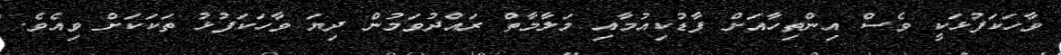
ވާހަކަފުޅަކީ ވެސް އިންތިހާއަށް ފާޑުކިއުމާއި މަލާމާތް ރައްދުވަމުން ދިޔަ ވާހަކަފުޅު ތަކަކަށް ވިއެވެ.